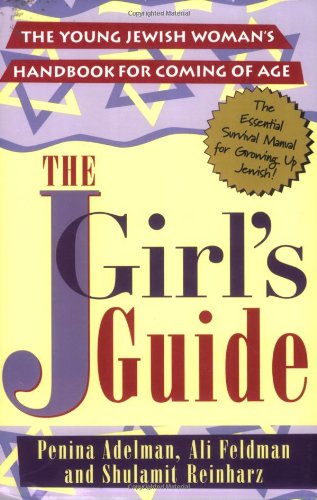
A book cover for The JGirls Guide: The Young Jewish Woman's Handbook for Coming of Age; Penina Adelman; Parenting & Relationships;